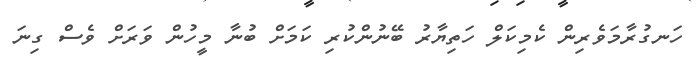
ހަނގުރާމަވެރިން ކެމިކަލް ހަތިޔާރު ބޭނުންކުރި ކަމަށް ބުނާ މީހުން ވަރަށް ވެސް ގިނަ